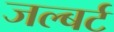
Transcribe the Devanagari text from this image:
जल्बर्ट